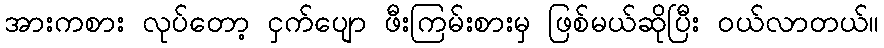
အားကစား လုပ်တော့ ငှက်ပျော ဖီးကြမ်းစားမှ ဖြစ်မယ်ဆိုပြီး ဝယ်လာတယ်။